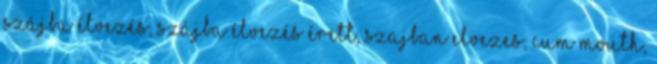
szájba élvezés, szájba élvezés érett, szajban elvezes, cum mouth,